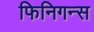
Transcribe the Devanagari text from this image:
फिनिगन्स